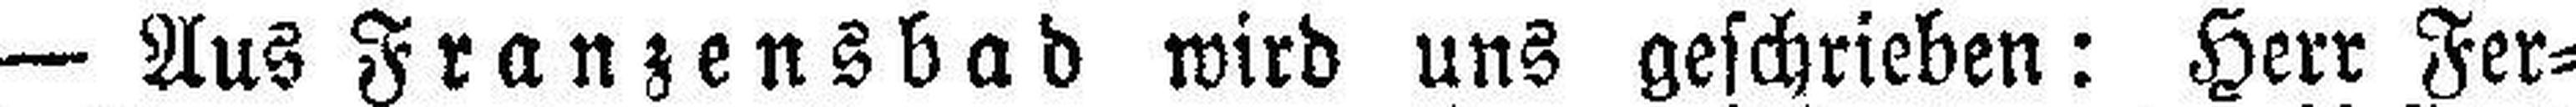
— Aus Franzensbad wird uns geschrieben: Herr Fer¬